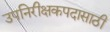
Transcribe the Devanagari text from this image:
उपनिरीक्षकपदासाठी